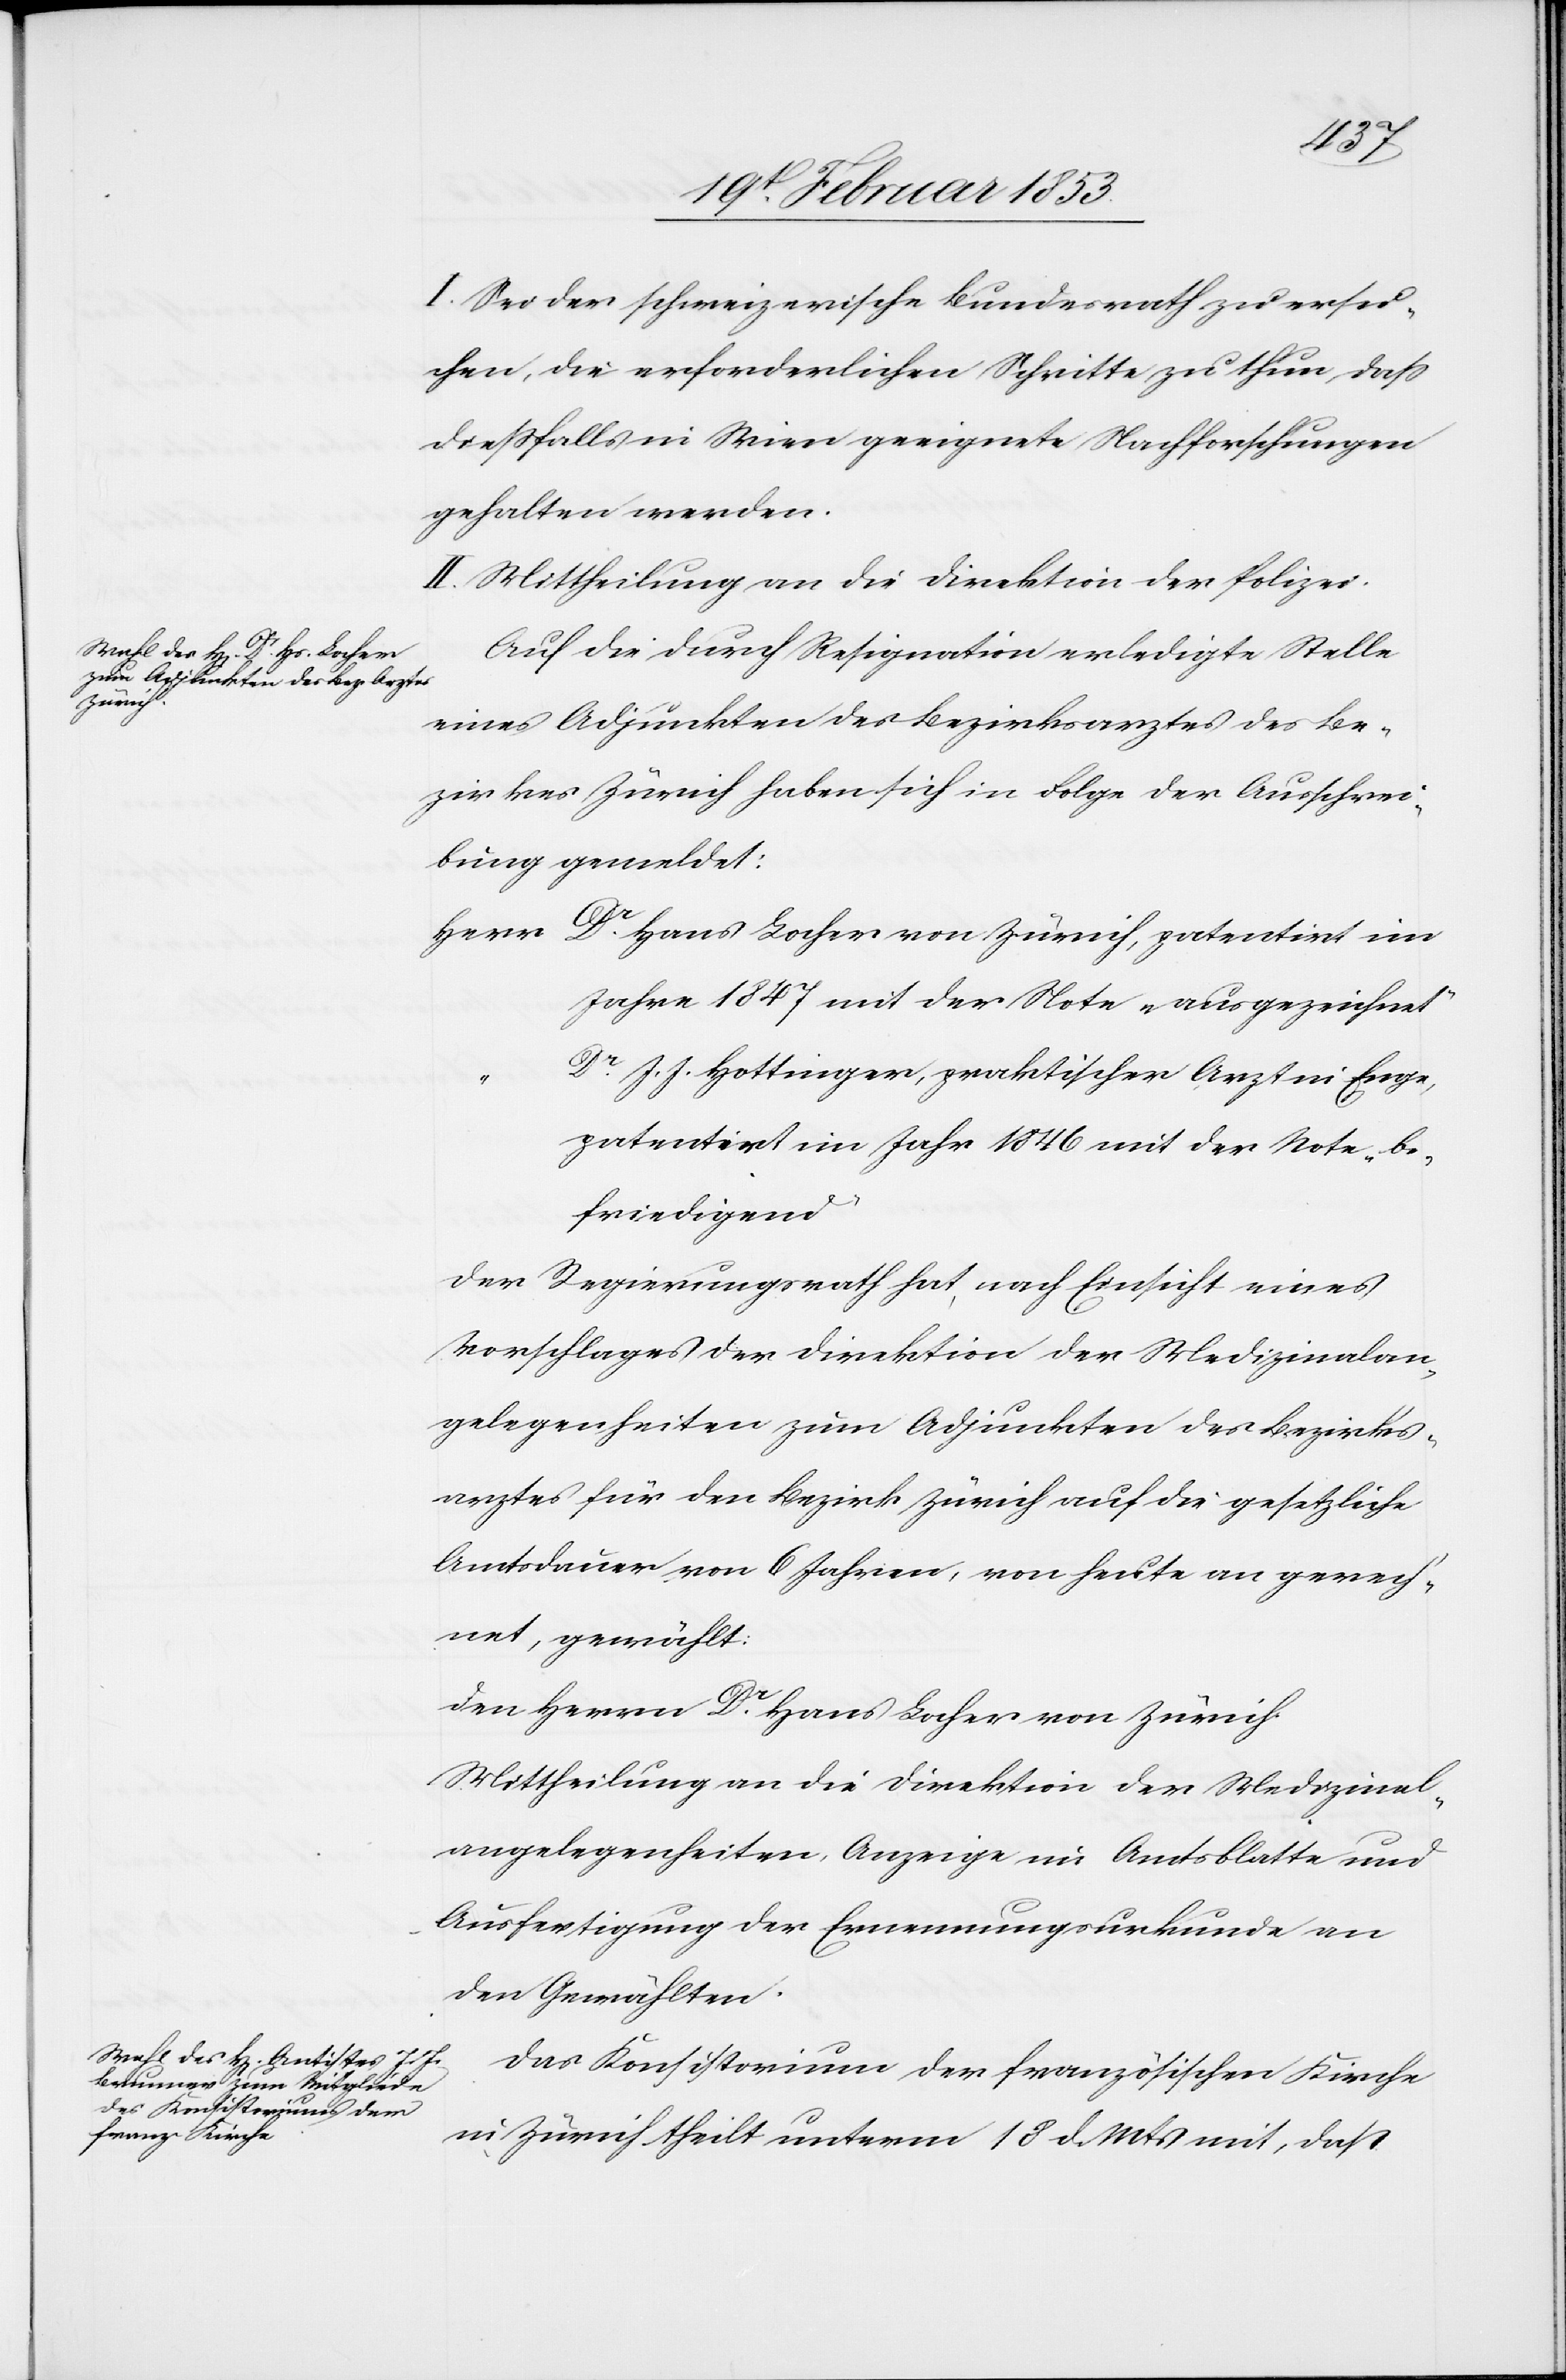
I. Sei der schweizerische Bundesrath zu ersu¬
chen, die erforderlichen Schritte zu thun, daß
dießfalls in Wien geeignete Nachforschungen
gehalten werden.
II. Mittheilung an die Direktion der Polizei.
Auf die durch Resignation erledigte Stelle
eines Adjunkten des Bezirksarztes des Be¬
zirkes Zürich haben sich in Folge der Ausschrei¬
bung gemeldet:
„be¬
Herr	D¬
r. Hans Locher von Zürich, patentirt im
Jahre 1847 mit der Note „ausgezeichnet“
J. J. Hottinger, praktischer Arzt in Enge,
patentirt im Jahr 1846 mit der Note
friedigend“
Der Regierungsrath hat, nach Einsicht eines
Vorschlages der Direktion der Medizinalan¬
gelegenheiten zu Adjunkten des Bezirks¬
rathes für den Bezirk Zürich auf die gesetzliche
Amtsdauer von 6 Jahren, von heute an gerech¬
net, gewählt:
Den Herrn Dr. Hans Locher von Zürich.
Mittheilung an die Direktion der Medizinal¬
angelegenheiten, Anzeige im Amtsblatte und
Ausfertigung der Ernennungsurkunde an
den Gewählten.
Das Konsistorium der französischen Kirche
in Zürich theilt unterm 18 d. Mts. mit, daß